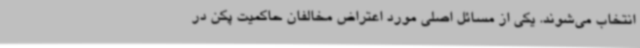
انتخاب می‌شوند. یکی از مسائل اصلی مورد اعتراض مخالفان حاکمیت پکن در